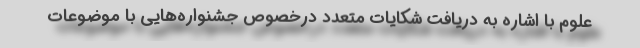
علوم با اشاره به دریافت شکایات متعدد درخصوص جشنواره‌هایی با موضوعات